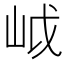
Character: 㞽